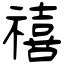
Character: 禧